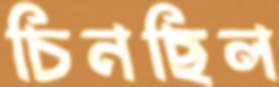
চিনছিল